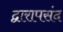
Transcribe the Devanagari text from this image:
द्वारापसंद